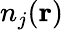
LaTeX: n_{j}(\mathbf{r})